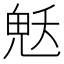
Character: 𮫜